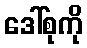
ဒေါ်စုကို